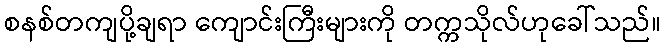
စနစ်တကျပို့ချရာ ကျောင်းကြီးများကို တက္ကသိုလ်ဟုခေါ်သည်။